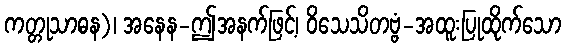
ကတ္တုသာဓန)၊ အနေန-ဤအနက်ဖြင့်၊ ဝိသေသိတဗ္ဗံ-အထူးပြုထိုက်သော